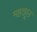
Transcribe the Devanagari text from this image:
महाझूठ